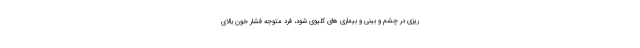
ریزی در چشم و بینی و بیماری های کلیوی شود، فرد متوجه فشار خون بالای